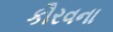
કૌરવના